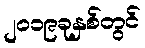
၂၀၁၉ခုနှစ်တွင်